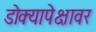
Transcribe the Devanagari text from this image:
डोक्यापेक्षावर